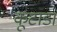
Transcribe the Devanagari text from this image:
कूटाडा